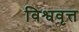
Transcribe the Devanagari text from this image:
विश्ववृत्त